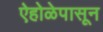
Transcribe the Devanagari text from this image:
ऐहोळेपासून